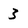
Character: 3